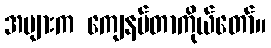
အများက ကျေနပ်တာကိုယ်တော်။